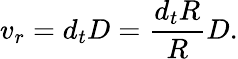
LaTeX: v_{r}=d_{t}D={\frac{d_{t}R}{R}}D.